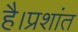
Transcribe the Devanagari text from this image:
है।प्रशांत